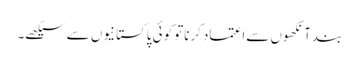
بندآنکھوں سےاعتمادکرناتو کوئی پاکستانیوں سےسیکھے۔